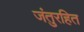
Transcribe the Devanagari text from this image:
जंतुरहित